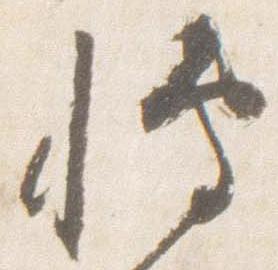
博